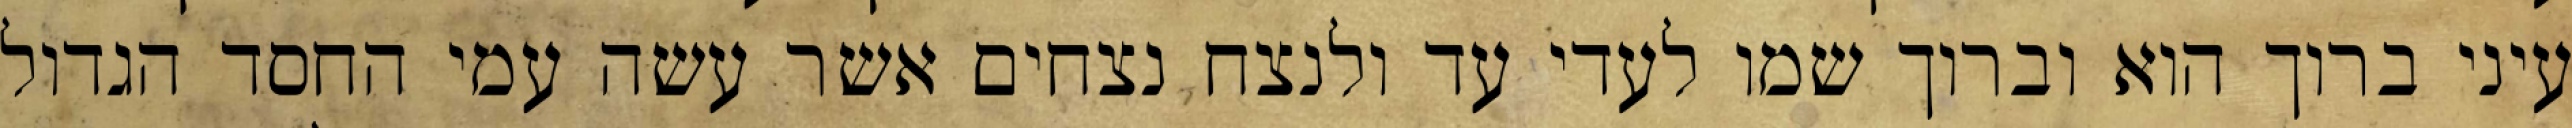
עיני ברוך הוא וברוך שמו לעדי עד ולנצח נצחים אשר עשה עמי החסד הגדול